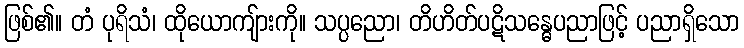
ဖြစ်၏။ တံ ပုရိသံ၊ ထိုယောကျ်ားကို။ သပ္ပညော၊ တိဟိတ်ပဋိသန္ဓေပညာဖြင့် ပညာရှိသော